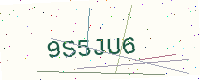
Text: 9S5JU6